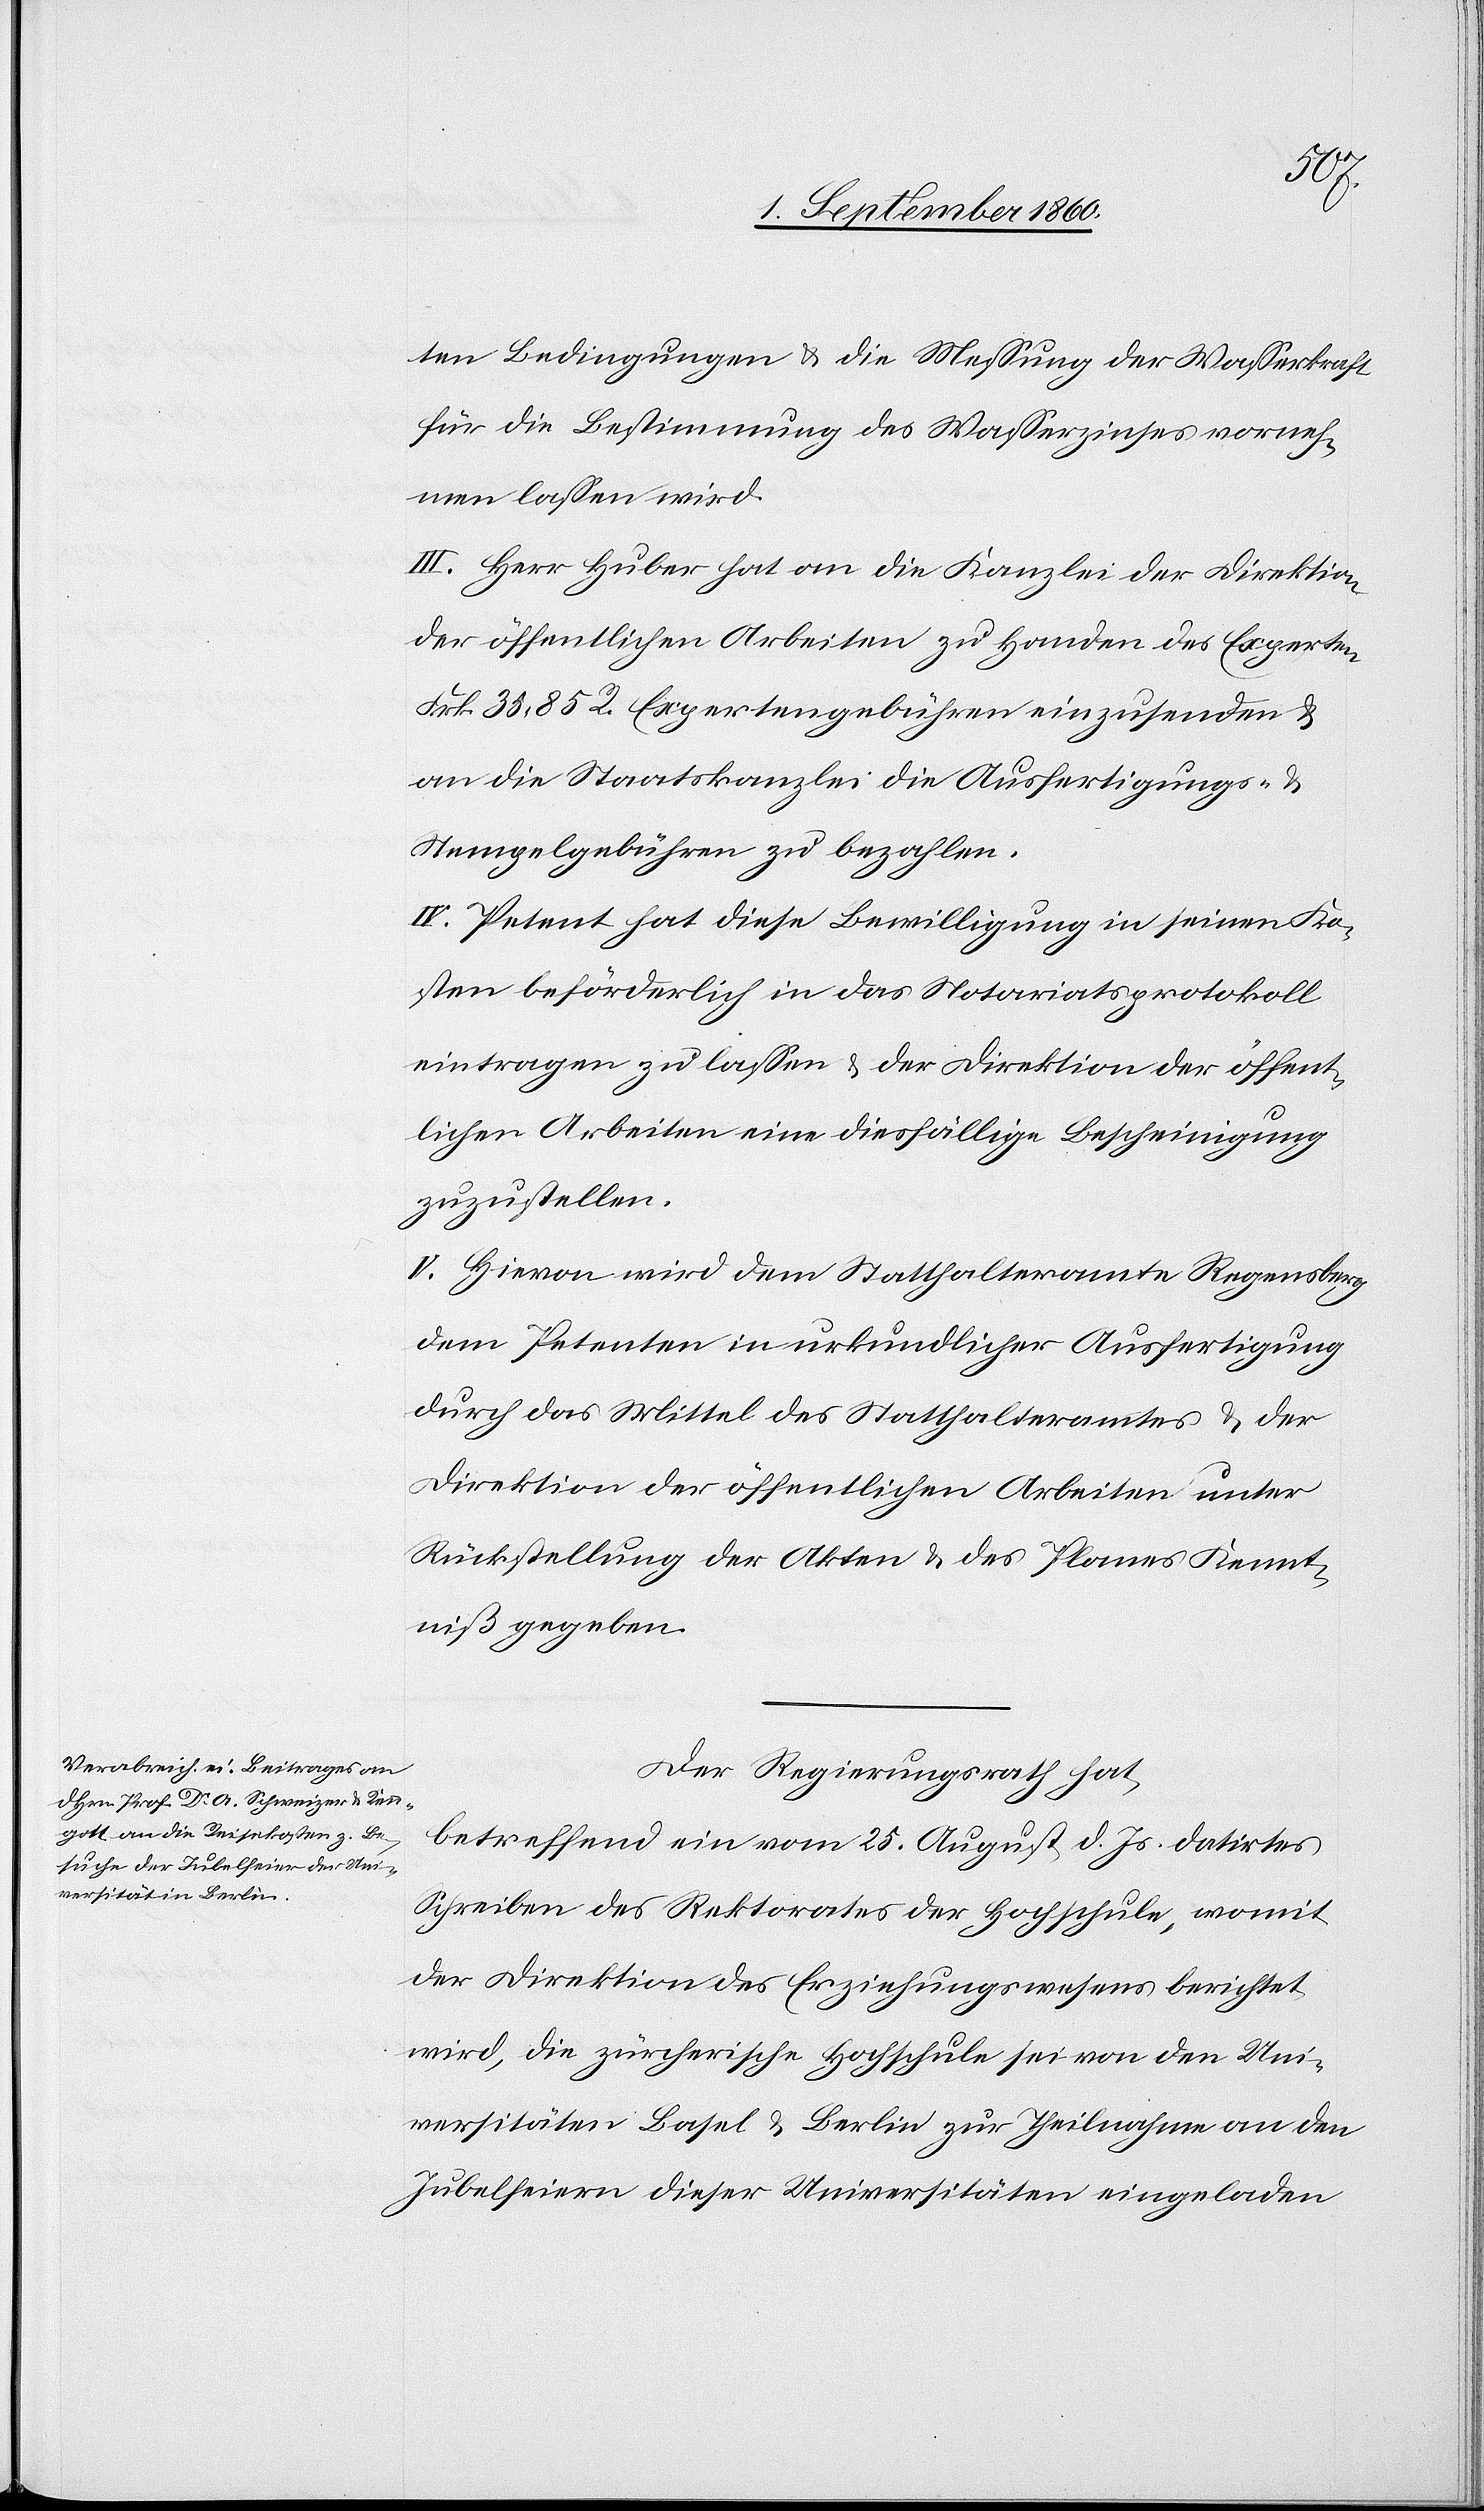
ten Bedingungen u. die Messung der Wasserkraft
für die Bestimmung des Wasserzinses vorneh¬
men lassen wird.
III. Hr. Huber hat an die Kanzlei der Direktion
der öffentlichen Arbeiten zu Handen des Experten
fcs. 35. 85C Expertengebühren einzusenden u.
an die Staatskanzlei die Ausfertigungs- u.
Stempelgebühren zu bezahlen.
IV. Petent hat diese Bewilligung in seinen Ko¬
sten beförderlich in das Notariatsprotokoll
eintragen zu lassen u. der Direktion der öffent¬
lichen Arbeiten eine diesfällige Bescheinigung
zuzustellen.
V. Hievon wird dem Statthalteramte Regensberg
dem Petenten in urkundlicher Ausfertigung
durch das Mittel des Statthalteramtes u. der
Direktion der öffentlichen Arbeiten unter
Rückstellung der Akten u. des Planes Kennt¬
niss gegeben.
Der Regierungsrath hat,
betreffend ein vom 25. August l. Js. datirtes
Schreiben des Rektorates der Hochschule, womit
der Direktion des Erziehungswesens berichtet
wird, die zürcherische Hochschule sei von den Uni¬
versitäten Basel u. Berlin zur Theilname an den
Jubelfeiern dieser Universitäten eingeladen